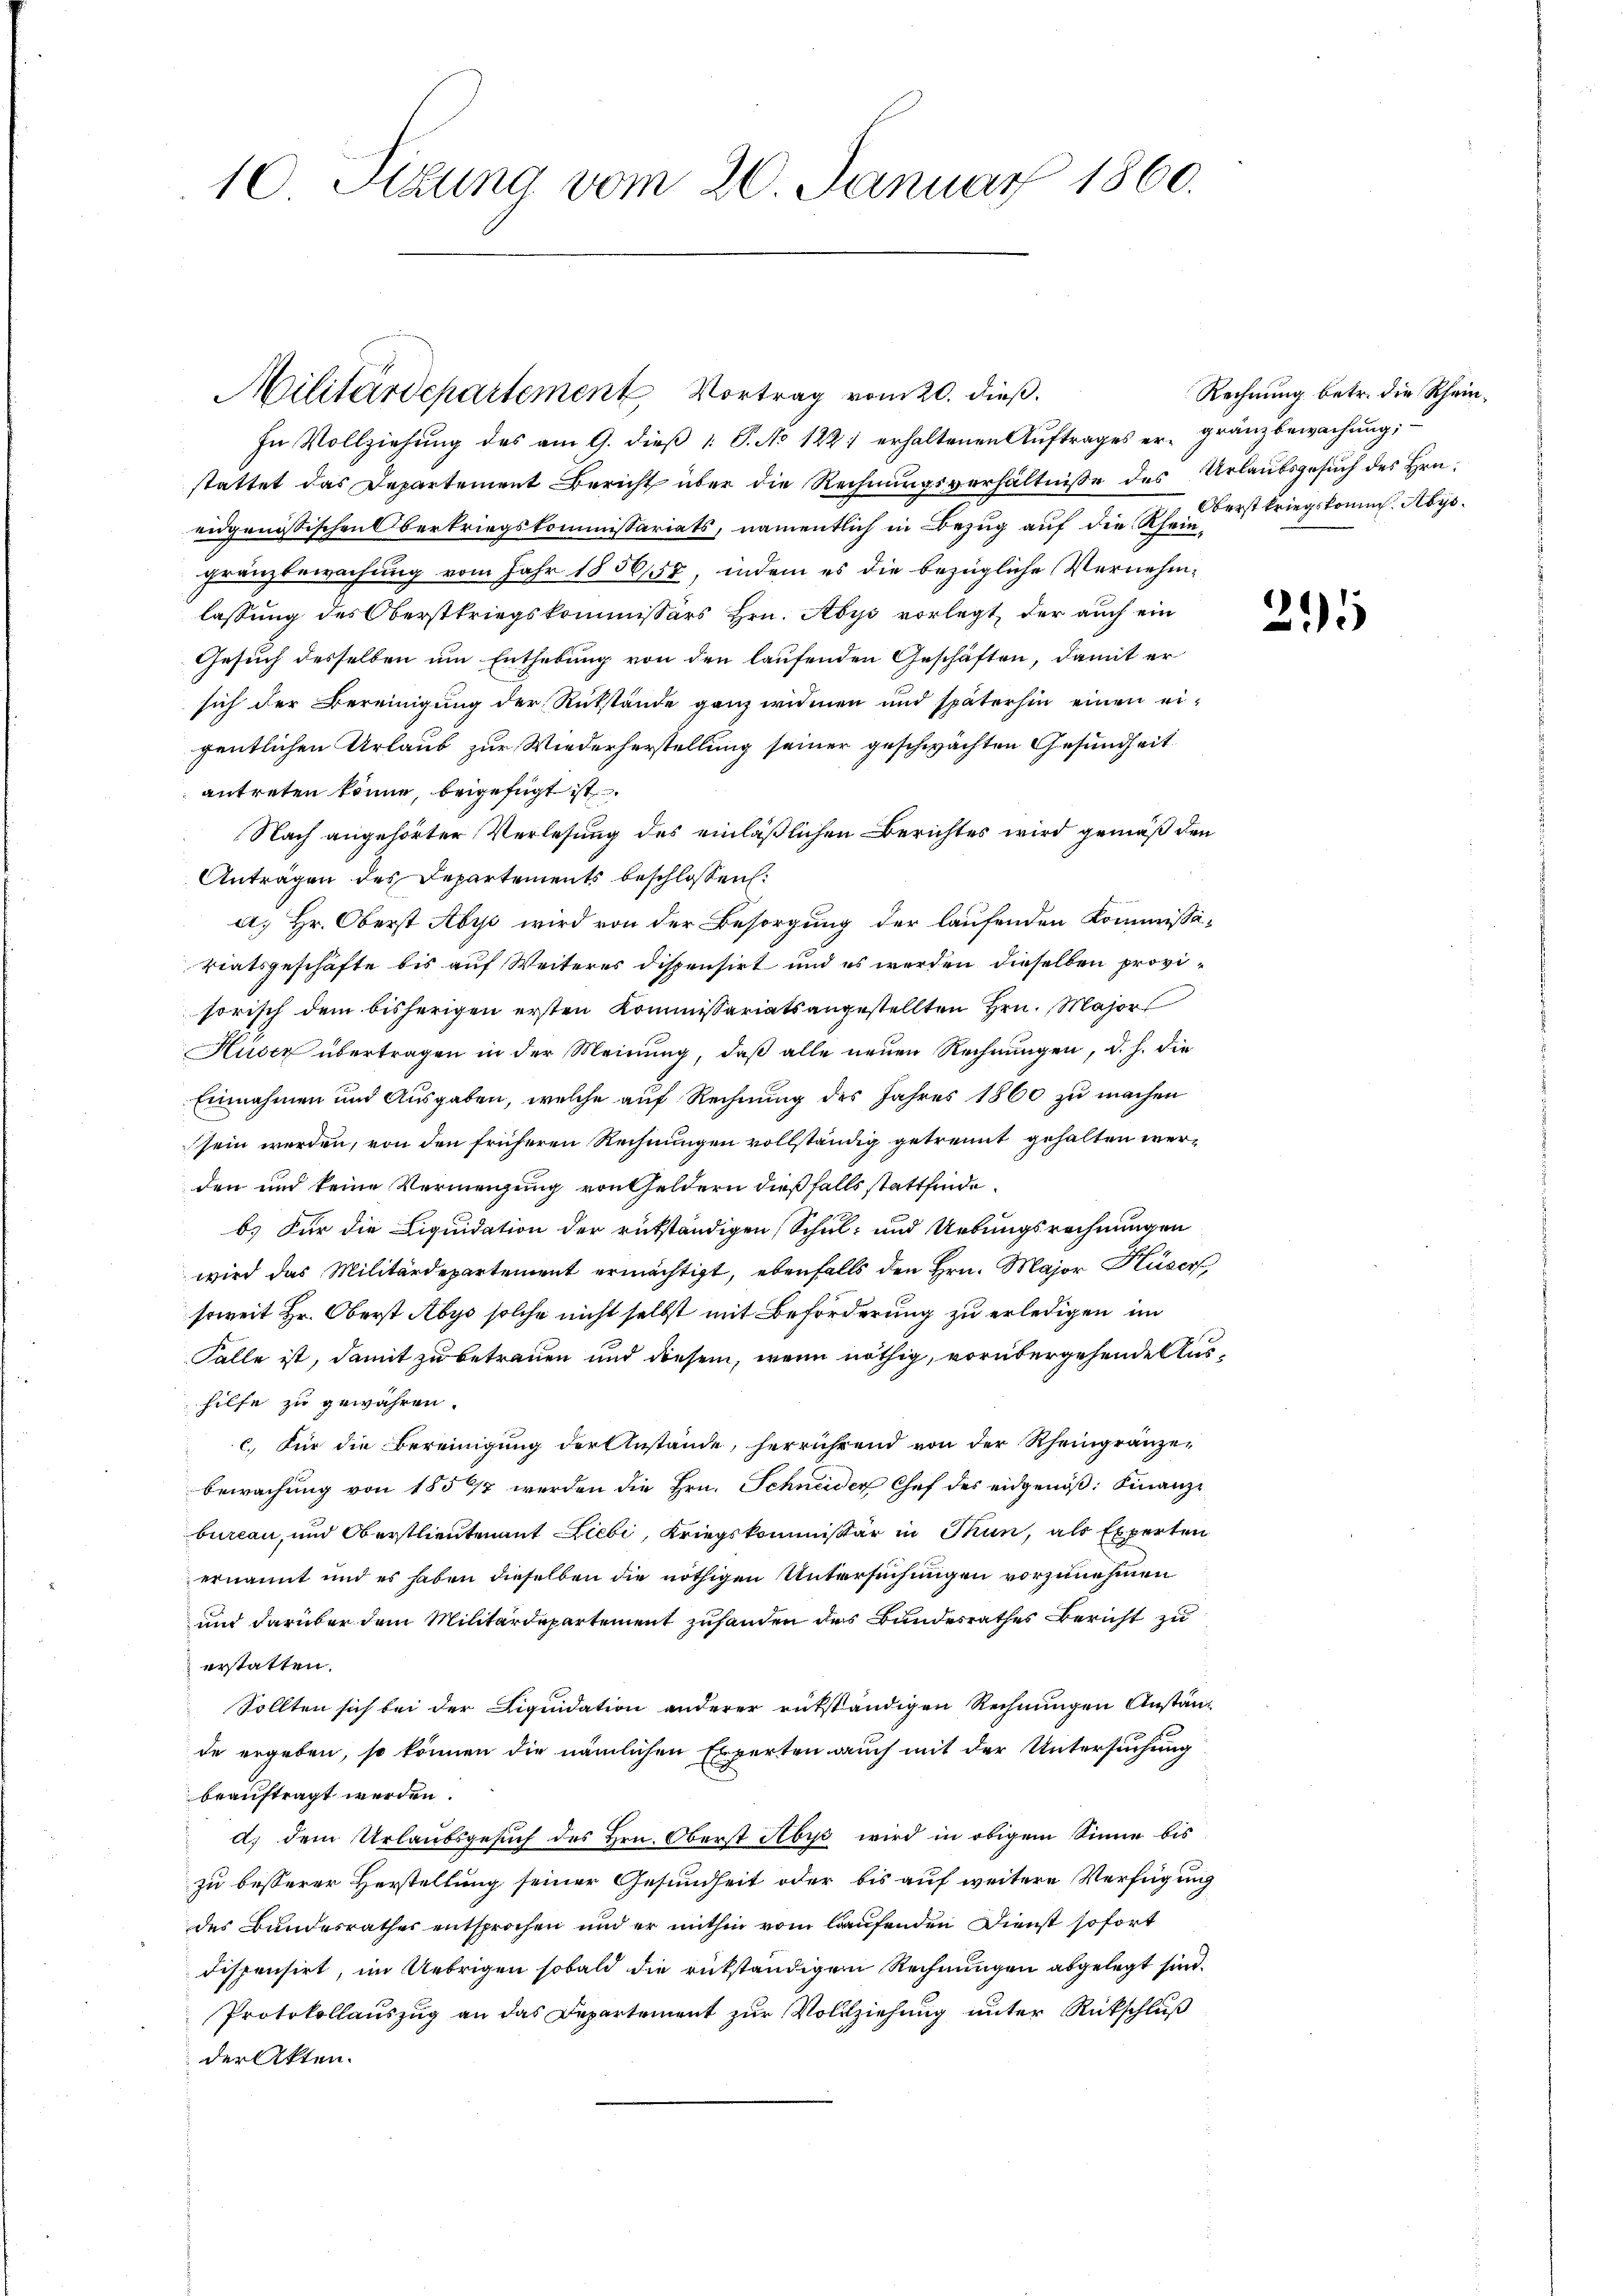
10 Sizung vom 20. Januar 1860.

Militärdepartement Vortrag vom 20. dieß.

In Vollziehŭng des am 9. dieβ 1: P. No 1221 erhaltenen Aŭftrages er gränzbewachŭng;
stattet das Departement Bericht über die Rechnungsverhältnisse des Urlaubsgesuch des Hrn.
eidgenössischen Oberkriegskommissariats, namentlich in Bezug auf die Rheingränzbewachung vom Jahr 1856,57, indem es die bezügliche Vernehmlassung des Oberstkriegskommissärs Hrn. Abys vorlegt, der auch ein
Gesuch desselben um Enthebung von den laufenden Geschäften, damit er
sich der Bereinigung der Rükstände ganz widmen und späterhin einen eigentlichen Urlaub zur Wiederherstellung seiner geschwächten Gesundheit
antreten könne, beigefügt ist.
Nach angehörter Verlesung des einläßlichen Berichtes wird gemäß den
Anträgen des Departements beschlossen:
a; Hr. Oberst Aby wird von der Besorgung der laufenden Kommissätiatsgeschäfte bis auf Weiteres dispensirt und es werden dieselben provisorisch dem bisherigen ersten Kommissariatsangestellten Hrn. Majors
Huser übertragen in der Meinung, daß alle neuen Rechnungen, d. h. die
Einnahmen und Ausgaben, welche auf Rechnung des Jahres 1860 zu machen
sein werden, von den früheren Rechnungen vollständig getrennt gehalten werden und keine Vermeigung von Geldern dießfalls stattfinde.
b.) Für die Liquidation der rükständigen Schul- und Uebungsrechnungen
wird das Militärdepartement ermächtigt, ebenfalls den Hrn. Major Huser,
soweit Hr. Oberst Abys solche nicht selbst mit Beförderung zu erledigen im
Falle ist, damit zu betrauen und diesem, wenn nöthig, vorübergehende Aushilfe zu gewähren.
c. Für die Bereinigung der Anstände, herrührend von der Rheingränzen
bewachung von 1857 werden die Hrn. Schneider Chef des eidgenöß: Finanz-
bureau, und Oberstlieutenant Liebi, Kriegskommissär in Thun, als Experten
ernannt und es haben dieselben die nöthigen Untersuchungen vorzunehmen
und darüber dem Militärdepartement zufanden des Bundesrathes Bericht zu
erstatten.
Sollten sich bei der Liquidation anderer rükständigen Rechnungen Anstän-
de ergeben, so können die nämlichen Experten auch mit der Untersuchung
beauftragt werden.
d) dem Urlaubsgesuch des Hrn. Oberst Aby wird in obigem Sinne bis
zu besserer Herstellung seiner Gesundheit oder bis auf weitere Verfügung
des Bundesrathes entsprochen und er mithin vom laufenden Dienst sofort
dispensirt, im Uebrigen sobald die rükständigen Rechnungen abgelegt sind.
Protokollauszug an das Departement zur Vollziehung unter Rückschluß
der Akten.

Rechnung betr. die Rhein¬
Oberstkriegskomm. Abys¬

291